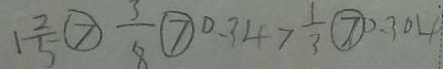
1 \frac { 2 } { 5 } \textcircled { > } \frac { 3 } { 8 } \textcircled { > } 0 . 3 4 > \frac { 1 } { 3 } \textcircled { > } 0 . 3 0 4